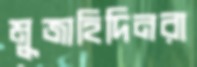
মুজাহিদিনরা